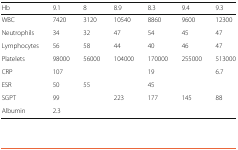
<table><thead><tr><td><b>Hb</b></td><td><b>9.1</b></td><td><b>8</b></td><td><b>8.9</b></td><td><b>8.3</b></td><td><b>9.4</b></td><td><b>9.3</b></td></tr></thead><tbody><tr><td>WBC</td><td>7420</td><td>3120</td><td>10540</td><td>8860</td><td>9600</td><td>12300</td></tr><tr><td>Neutrophils</td><td>34</td><td>32</td><td>47</td><td>54</td><td>45</td><td>47</td></tr><tr><td>Lymphocytes</td><td>56</td><td>58</td><td>44</td><td>40</td><td>46</td><td>47</td></tr><tr><td>Platelets</td><td>98000</td><td>56000</td><td>104000</td><td>170000</td><td>255000</td><td>513000</td></tr><tr><td>CRP</td><td>107</td><td></td><td></td><td>19</td><td></td><td>6.7</td></tr><tr><td>ESR</td><td>50</td><td>55</td><td></td><td>45</td><td></td><td></td></tr><tr><td>SGPT</td><td>99</td><td></td><td>223</td><td>177</td><td>145</td><td>88</td></tr><tr><td>Albumin</td><td>2.3</td><td></td><td></td><td></td><td></td><td></td></tr></tbody></table>